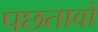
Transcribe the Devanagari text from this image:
पछतावो